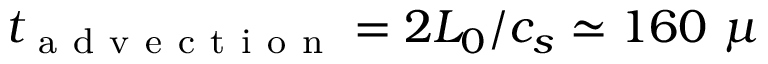
t _ { \mathrm { ~ a ~ d ~ v ~ e ~ c ~ t ~ i ~ o ~ n ~ } } = 2 L _ { 0 } / c _ { s } \simeq 1 6 0 ~ \mu